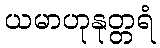
ယမာဟုနုတ္တရံ